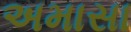
અમાસા